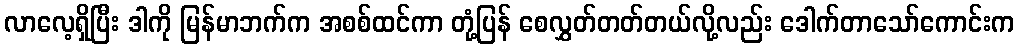
လာလေ့ရှိပြီး ဒါကို မြန်မာဘက်က အစစ်ထင်ကာ တုံ့ပြန် စေလွှတ်တတ်တယ်လို့လည်း ဒေါက်တာသော်ကောင်းက